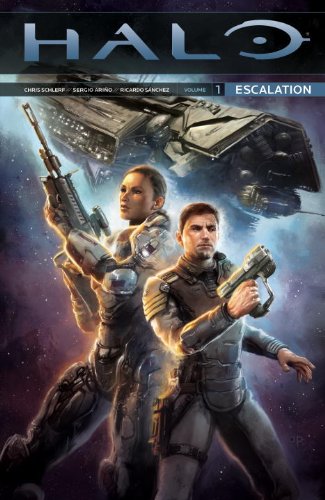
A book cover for Halo: Escalation Volume 1; Christopher Schlerf; Comics & Graphic Novels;